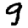
Digit: 9